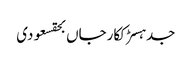
جدہسڑککارجاں بحقسعودی